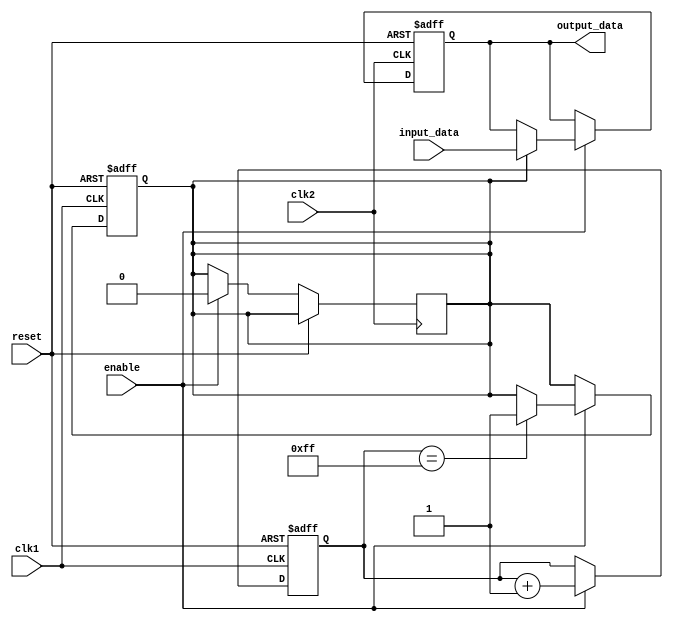
module Latch_Delay (
  input wire clk1, // Clock signal for the source domain
  input wire clk2, // Clock signal for the destination domain
  input wire reset, // Reset signal
  input wire enable, // Enable signal
  input wire input_data, // Input data signal to be delayed
  output reg output_data // Output data signal delayed by specified amount of time
);

reg [7:0] latch_timer; // 8-bit latch timer to hold input_data
reg latch_flag; // Flag to indicate the latch is active

always @(posedge clk1 or posedge reset) begin
  if (reset) begin
    latch_timer <= 8'b0;
    latch_flag <= 0;
  end else if (enable) begin
    latch_timer <= latch_timer + 1;
    if (latch_timer == 8'b11111111) begin
      latch_flag <= 1;
    end
  end
end

always @(posedge clk2 or posedge reset) begin
  if (reset) begin
    output_data <= 1'b0;
  end else if (enable) begin
    if (latch_flag) begin
      output_data <= input_data;
      latch_flag <= 0;
    end
  end
end

endmodule